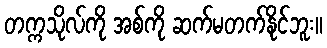
တက္ကသိုလ်ကို အစ်ကို ဆက်မတက်နိုင်ဘူး။